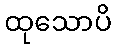
ထုသောပိ